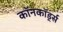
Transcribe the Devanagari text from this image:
कॉनकॉर्ड्स